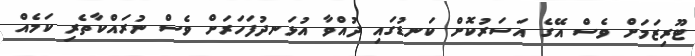
ޓޫރިޒަމަށް ވެސް އޭގެ އަސަރުކޮށް ކަނޑުގައި ދުއްވާ އުޅަނދުފަހަރަށް ވެސް ނުރައްކާތެރި ކަމެއް